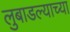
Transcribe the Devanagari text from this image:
लुबाडल्याच्या